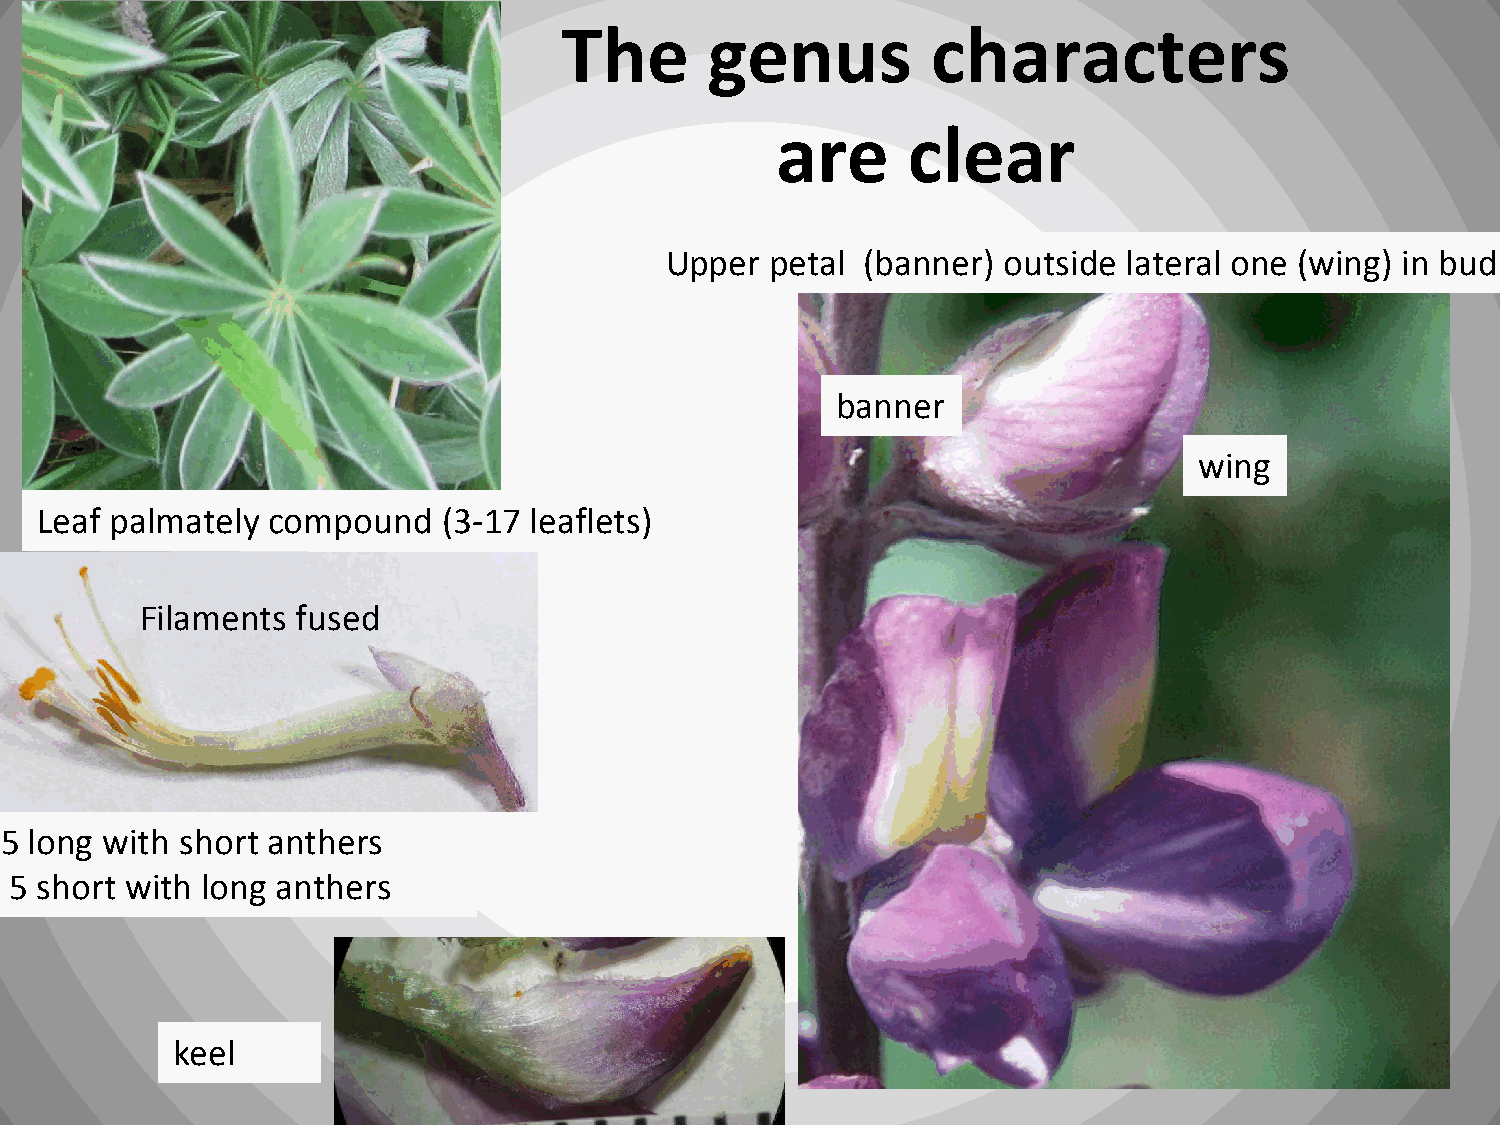
The       genus          characters
 are      clear
 Upper  petal (banner) outside  lateral one (wing) in bud
 banner
 wing
 Leaf palmately  compound   (3-17 leaflets)
 Filaments  fused
 5 long with short anthers
 5 short with long anthers
 keel